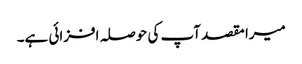
میرا مقصد آپ کی حوصلہ افزائی ہے۔